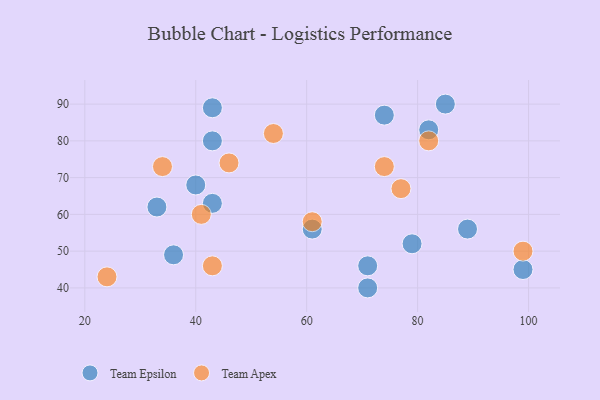
{"axis": {"x": "GDP", "y": "Life Expectancy"}, "legend": ["Team Apex", "Team Epsilon"], "data": [{"x": "40", "y": 68, "type": "Team Epsilon"}, {"x": "33", "y": 62, "type": "Team Epsilon"}, {"x": "85", "y": 90, "type": "Team Epsilon"}, {"x": "61", "y": 56, "type": "Team Epsilon"}, {"x": "43", "y": 89, "type": "Team Epsilon"}, {"x": "43", "y": 80, "type": "Team Epsilon"}, {"x": "36", "y": 49, "type": "Team Epsilon"}, {"x": "79", "y": 52, "type": "Team Epsilon"}, {"x": "43", "y": 63, "type": "Team Epsilon"}, {"x": "89", "y": 56, "type": "Team Epsilon"}, {"x": "99", "y": 45, "type": "Team Epsilon"}, {"x": "71", "y": 40, "type": "Team Epsilon"}, {"x": "71", "y": 46, "type": "Team Epsilon"}, {"x": "82", "y": 83, "type": "Team Epsilon"}, {"x": "74", "y": 87, "type": "Team Epsilon"}, {"x": "74", "y": 73, "type": "Team Apex"}, {"x": "46", "y": 74, "type": "Team Apex"}, {"x": "43", "y": 46, "type": "Team Apex"}, {"x": "34", "y": 73, "type": "Team Apex"}, {"x": "41", "y": 60, "type": "Team Apex"}, {"x": "24", "y": 43, "type": "Team Apex"}, {"x": "99", "y": 50, "type": "Team Apex"}, {"x": "61", "y": 58, "type": "Team Apex"}, {"x": "77", "y": 67, "type": "Team Apex"}, {"x": "54", "y": 82, "type": "Team Apex"}, {"x": "82", "y": 80, "type": "Team Apex"}]}